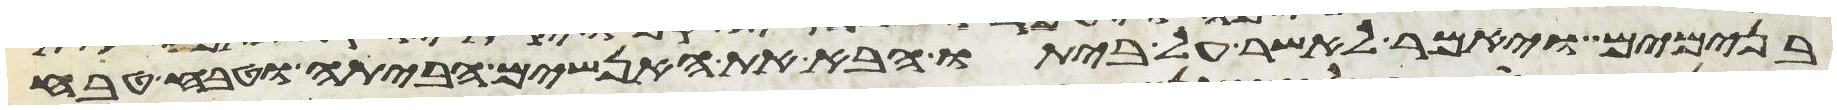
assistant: בנימים ויאמר לאשר על ביתו הבא את האנשים הביתה וטבח טבח